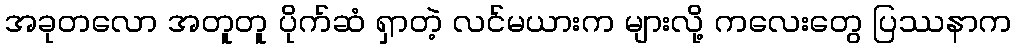
အခုတလော အတူတူ ပိုက်ဆံ ရှာတဲ့ လင်မယားက များလို့ ကလေးတွေ ပြဿနာက